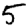
Digit: 5